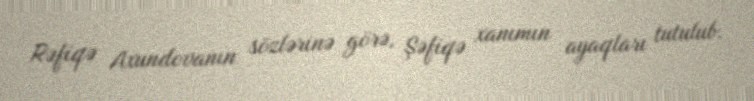
Rəfiqə Axundovanın sözlərinə görə, Şəfiqə xanımın ayaqları tutulub.